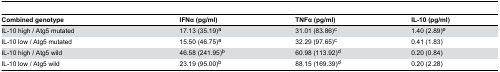
| Combined genotype | IFNα (pg/ml) | TNFα (pg/ml) | IL-10 (pg/ml) |
 | --- | --- | --- | --- |
 | IL-10 high / Atg5 mutated | 17.13 (35.19)a | 31.01 (83.86)c | 1.40 (2.89)e |
 | IL-10 low / Atg5 mutated | 15.50 (46.75)a | 32.29 (97.65)c | 0.41 (1.83) |
 | IL-10 high / Atg5 wild | 46.58 (241.95)b | 60.98 (113.92)d | 0.20 (0.84) |
 | IL-10 low / Atg5 wild | 23.19 (95.00)b | 88.15 (169.39)d | 0.20 (2.28) |